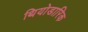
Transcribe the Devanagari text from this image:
थियोडारिक